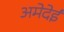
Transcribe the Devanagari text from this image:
अमेदेई